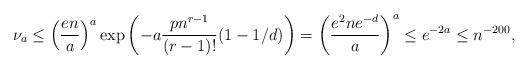
LaTeX: \begin{align*} \nu_a \le \left(\frac{en}{a}\right)^a\exp\left(-a\frac{pn^{r-1}}{(r-1)!}(1-1/d)\right) = \left(\frac{e^2ne^{-d}}{a}\right)^a \le e^{-2a}\le n^{-200},\end{align*}